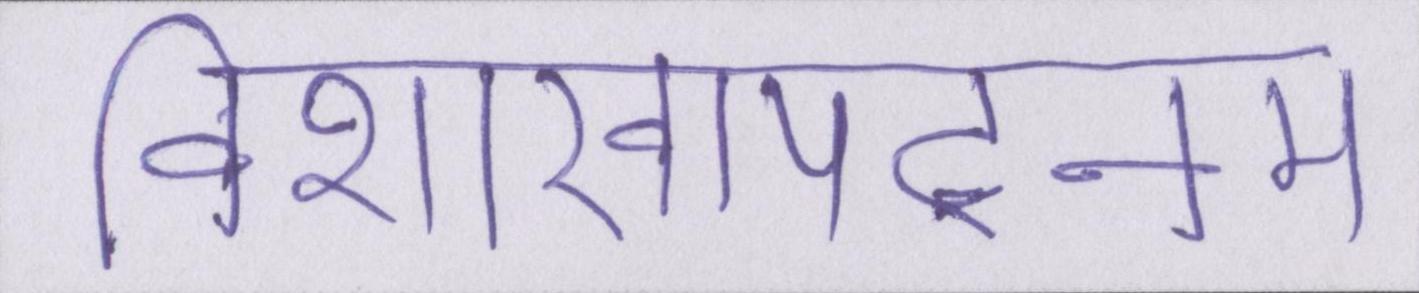
विशाखापट्नम